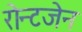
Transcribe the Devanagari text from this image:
रोन्टजेन